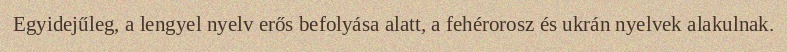
Egyidejűleg, a lengyel nyelv erős befolyása alatt, a fehérorosz és ukrán nyelvek alakulnak.